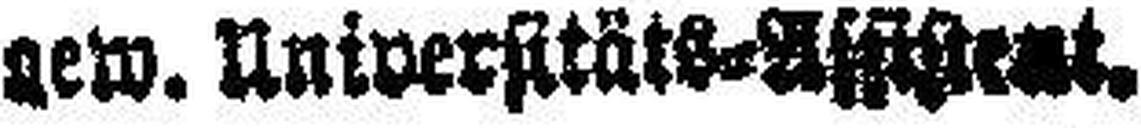
###ew. Universitäts-Assistent.